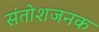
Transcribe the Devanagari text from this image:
संतोशजनक